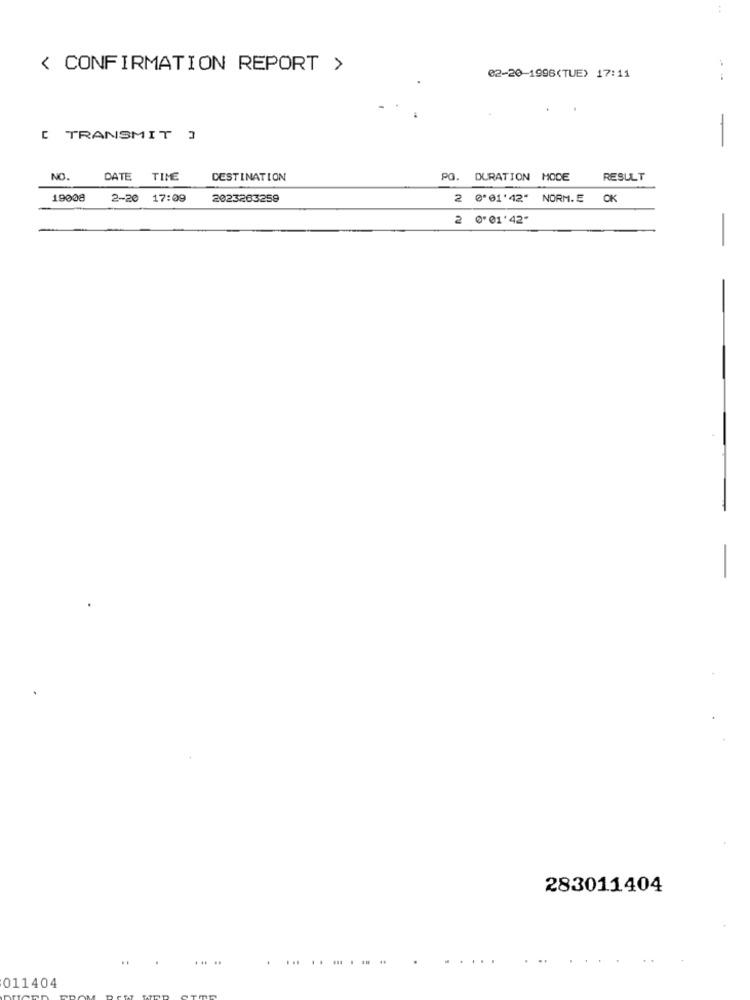
< CONFIRMATION REPORT >
02-20-1996(TUE) 17:11
[ TRANSMIT ]
-
NO.
DATE
TIME
DESTINATION
PO.
DURATION MODE
RESULT
19008
2-20
17:09
2023263259
2 0'01'42" NORM.E OK
2 0'01'42"
-
283011404
... .
.....
011404